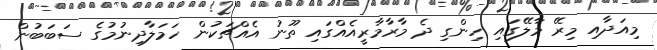
މިއަދާއި މިރޭ މާލޭގައި ހިންގި ދެ މާރާމާރީއެއްގައި ތޫނު އެއްޗަކުން ހަމަލާދިނުމުގެ ސަބަބުން